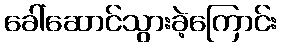
ခေါ်ဆောင်သွားခဲ့ကြောင်း